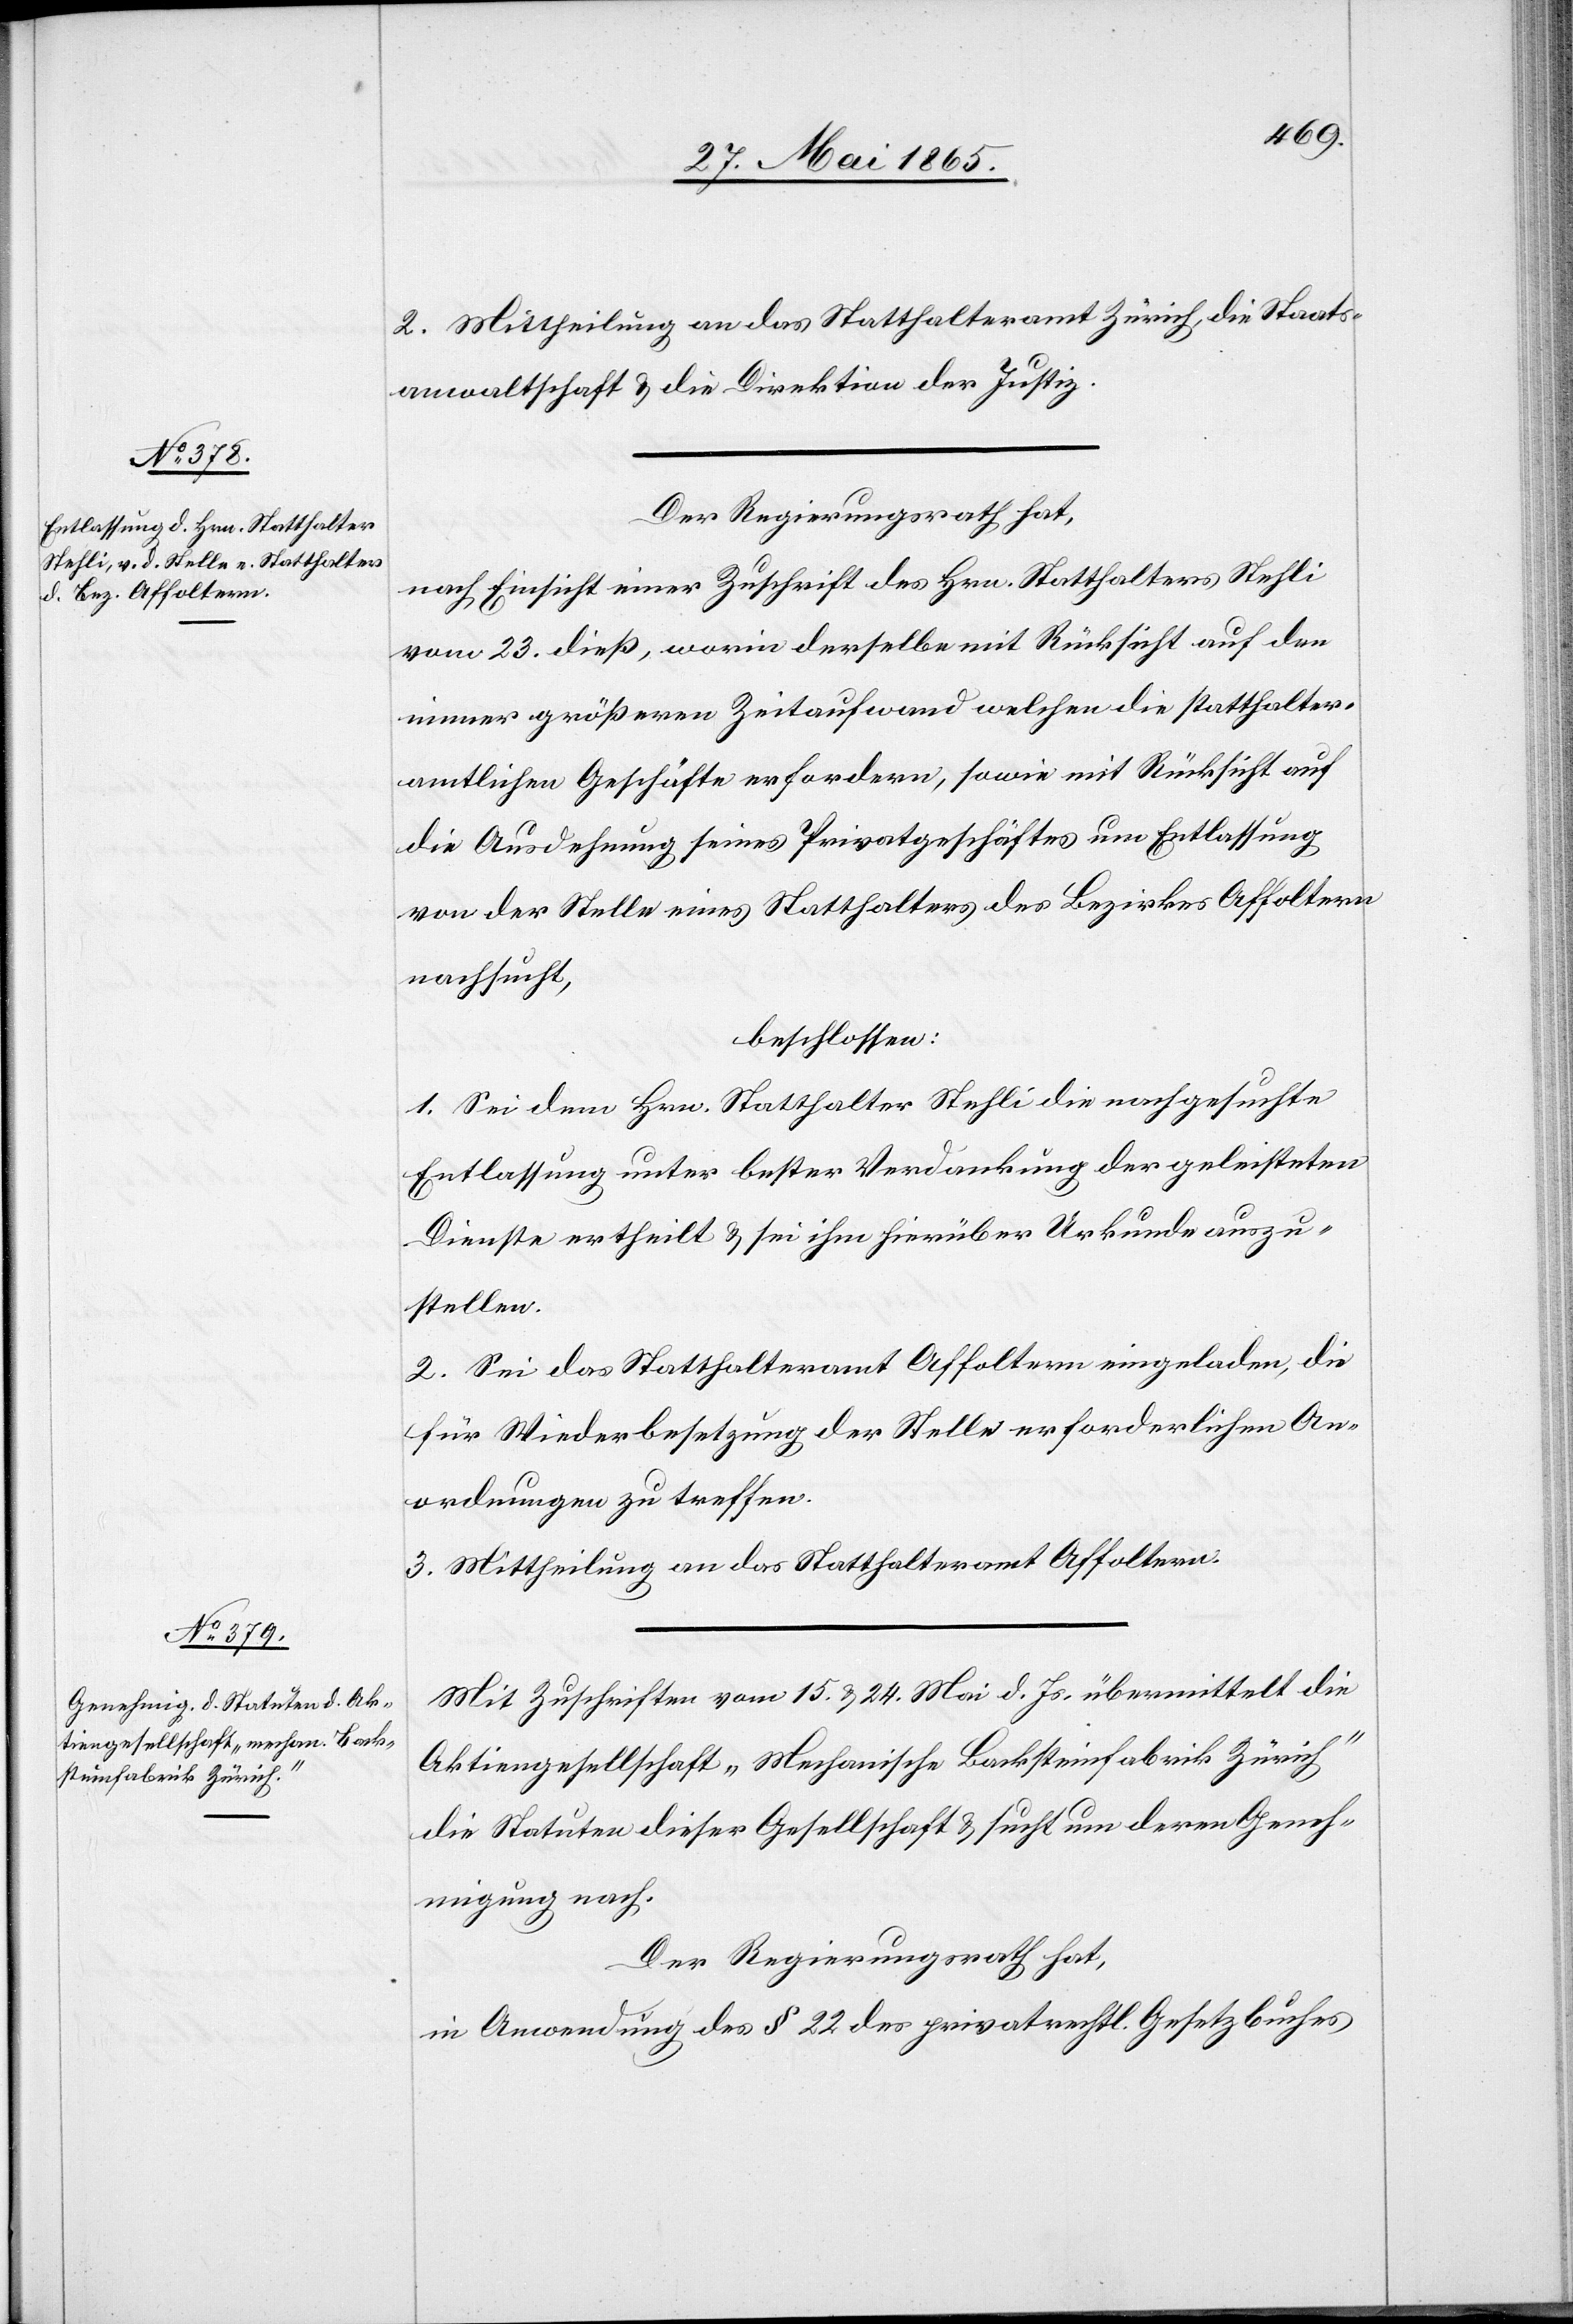
2. Mittheilung an das Statthalteramt Zürich, die Staats¬
anwaltschaft & die Direktion der Justiz.
Der Regierungsrath hat,
nach Einsicht einer Zuschrift des Hrn. Statthalters Stehli
vom 23. dieß, worin derselbe mit Rücksicht auf den
immer größeren Zeitaufwand welchen die statthalter¬
amtlichen Geschäfte erfordern, sowie mit Rücksicht auf
die Ausdehnung seines Privatgeschäftes um Entlassung
von der Stelle eines Statthalters des Bezirkes Affoltern
nachsucht,
beschlossen:
1. Sei dem Hrn. Statthalter Stehli die nachgesuchte
Entlassung unter bester Verdankung der geleisteten
Dienste ertheilt & sei ihm hierüber Urkunde auszu¬
stellen.
2. Sei das Statthalteramt Affoltern eingeladen, die
für Wiederbesetzung der Stelle erforderlichen An¬
ordnungen zu treffen.
3. Mittheilung an das Statthalteramt Affoltern.
Mit Zuschrift vom 15. & 24. Mai d. Js. übermittelt die
Aktiengesellschaft „Mechanische Backsteinfabrik Zürich“
die Statuten dieser Gesellschaft & sucht um deren Geneh¬
migung nach.
Der Regierungsrath hat,
in Anwendung des § 22 des privatrechtl. Gesetzbuches